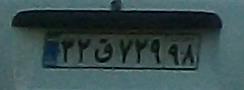
۳۲ق۷۲۹۹۸